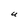
Character: U